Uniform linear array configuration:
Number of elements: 24
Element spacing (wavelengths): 0.75
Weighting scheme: blackman
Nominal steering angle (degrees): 45
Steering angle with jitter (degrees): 43.274
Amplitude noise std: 0.05
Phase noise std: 0.05

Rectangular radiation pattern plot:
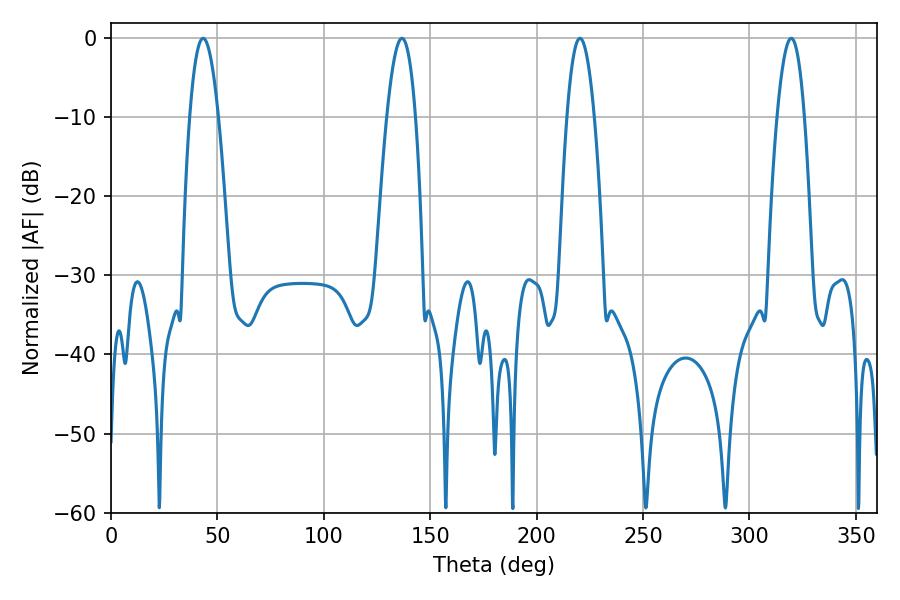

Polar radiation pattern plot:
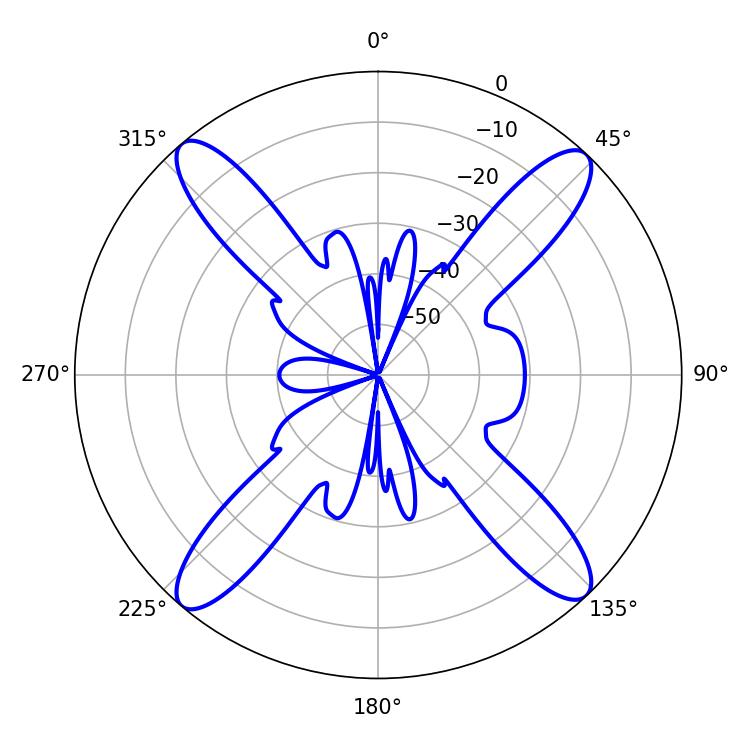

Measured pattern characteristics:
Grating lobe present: TRUE
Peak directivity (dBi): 20.044
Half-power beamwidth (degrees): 7.02
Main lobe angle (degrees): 220.32